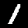
Digit: 1